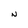
Character: N